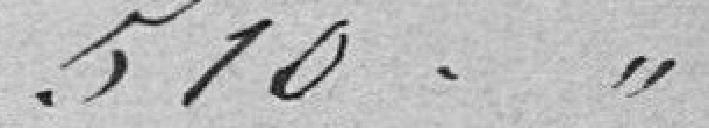
510,00